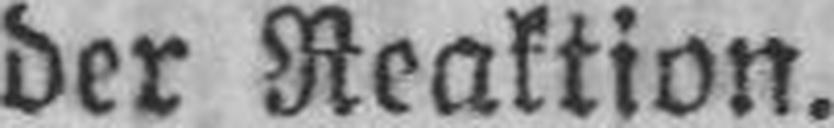
der Reaktion.